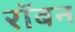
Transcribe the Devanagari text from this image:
रॉबन